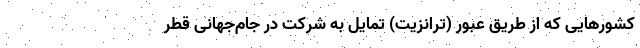
کشورهایی که از طریق عبور (ترانزیت) تمایل به شرکت در جام‌جهانی قطر